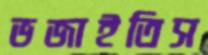
ভজাইতিস